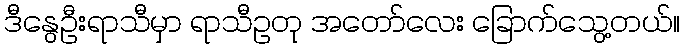
ဒီနွေဦးရာသီမှာ ရာသီဥတု အတော်လေး ခြောက်သွေ့တယ်။